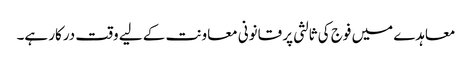
معاہدے میں فوج کی ثالثی پر قانونی معاونت کے لیے وقت درکار ہے۔